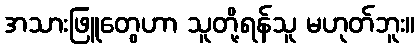
အသားဖြူတွေဟာ သူတို့ရန်သူ မဟုတ်ဘူး။